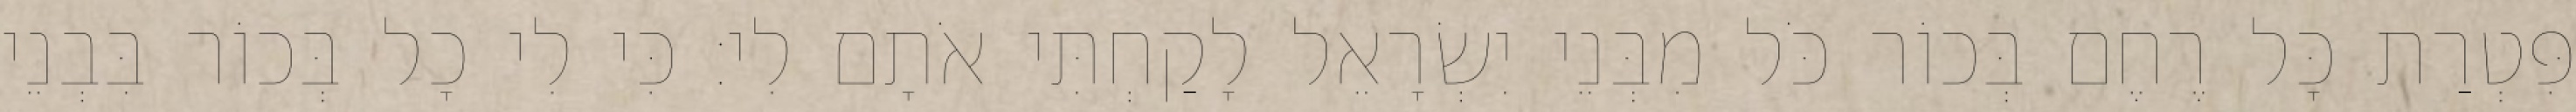
פִּטְרַת כָּל רֶחֶם בְּכוֹר כֹּל מִבְּנֵי יִשְׂרָאֵל לָקַחְתִּי אֹתָם לִי׃ כִּי לִי כָל בְּכוֹר בִּבְנֵי